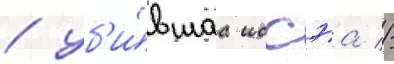
/ уб'и́вшаа иссэа //